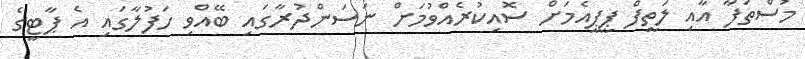
މުސްތަފާ އާއި ލަތީފް ޕީޕީއެމަށް ސޮއިކުރެއްވުމަށް ނަސަންދުރާގައި ބޭއްވި ހަފުލާގައި އެ ޕާޓީގެ